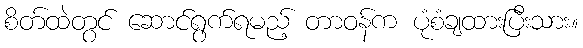
စိတ်ထဲတွင် ဆောင်ရွက်ရမည့် တာဝန်က ပုံစံချထားပြီးသား။